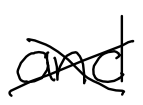
Text: and
Cross-out: cross
Writing tool: digital_black